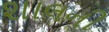
શાલની